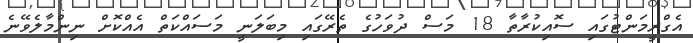
އެގްރީމަންޓުގައި ސޮއިކުރާތާ 18 މަސް ދުވަހުގެ ތެރޭގައި މިބަލަނީ މަސައްކަތް އެއްކޮށް ނިންމާލެވޭނެ